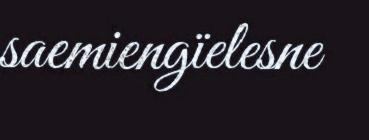
saemiengïelesne